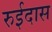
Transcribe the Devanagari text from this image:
रुईदास